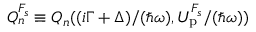
Q _ { n } ^ { F _ { s } } \equiv Q _ { n } ( { ( i \Gamma + \Delta ) } / { ( \hbar \omega ) } , { U _ { \mathrm { p } } ^ { F _ { s } } } / { ( \hbar \omega ) } )